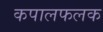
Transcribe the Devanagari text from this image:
कपालफलक